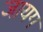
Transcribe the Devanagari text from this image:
जायग